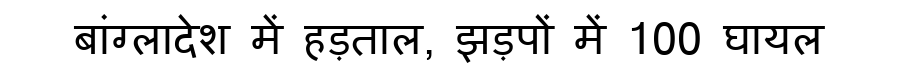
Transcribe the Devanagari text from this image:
बांग्लादेश में हड़ताल, झड़पों में 100 घायल